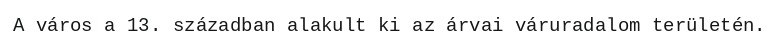
A város a 13. században alakult ki az árvai váruradalom területén.